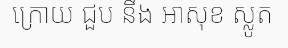
ក្រោយ ជួប នឹង អាសុខ ស្លូត